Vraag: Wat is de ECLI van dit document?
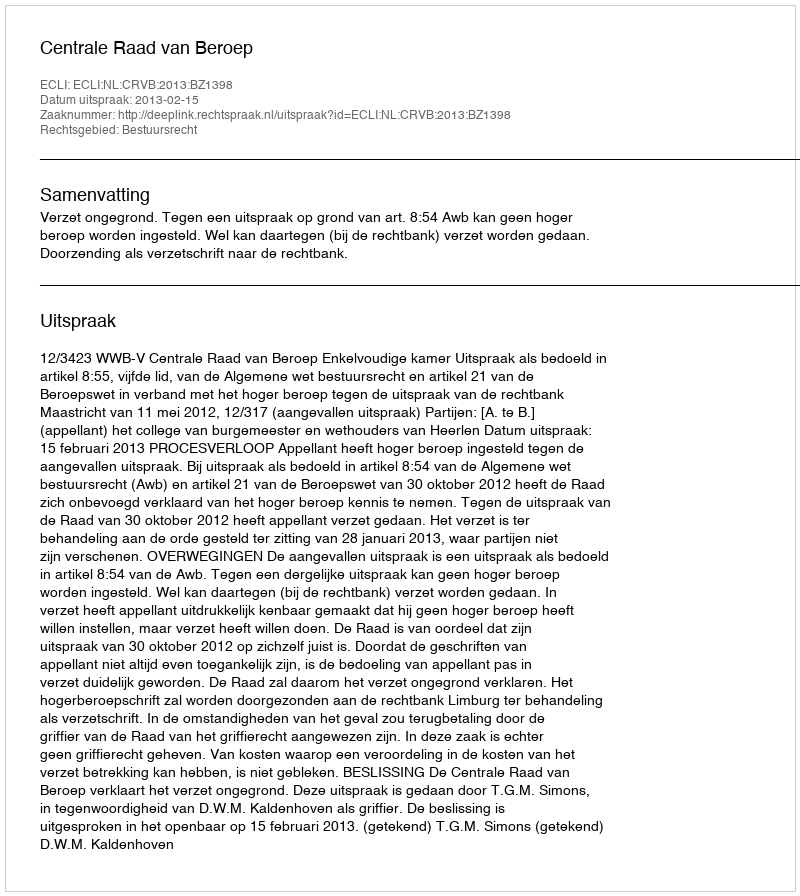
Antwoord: ECLI:NL:CRVB:2013:BZ1398